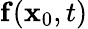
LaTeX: \mathbf{f}(\mathbf{x}_{0},t)